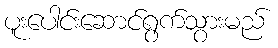
ပူးပေါင်းဆောင်ရွက်သွားမည်